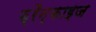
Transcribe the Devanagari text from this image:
फ़्रैन्काइज